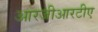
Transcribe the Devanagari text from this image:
आरजीआरटीए